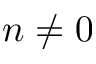
n \neq 0